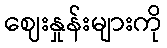
ဈေးနှုန်းများကို